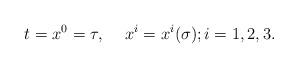
LaTeX: \begin{align*}t=x^0=\tau,\hspace*{5mm}x^i=x^i (\sigma); i=1,2,3.\end{align*}